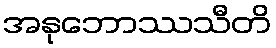
အနုဘောဿသီတိ